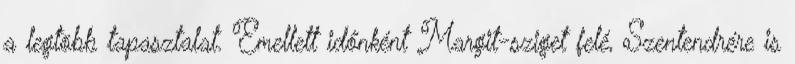
a legtöbb tapasztalat. Emellett időnként Margit-sziget felé, Szentendrére is